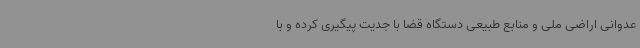
عدوانی اراضی ملی و منابع طبیعی دستگاه قضا با جدیت پیگیری کرده و با